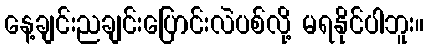
နေ့ချင်းညချင်းပြောင်းလဲပစ်လို့ မရနိုင်ပါဘူး။